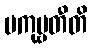
ပကုဗ္ဗတီတိ